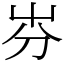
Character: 㞣